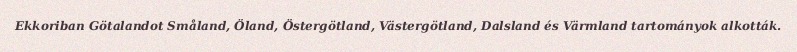
Ekkoriban Götalandot Småland, Öland, Östergötland, Västergötland, Dalsland és Värmland tartományok alkották.